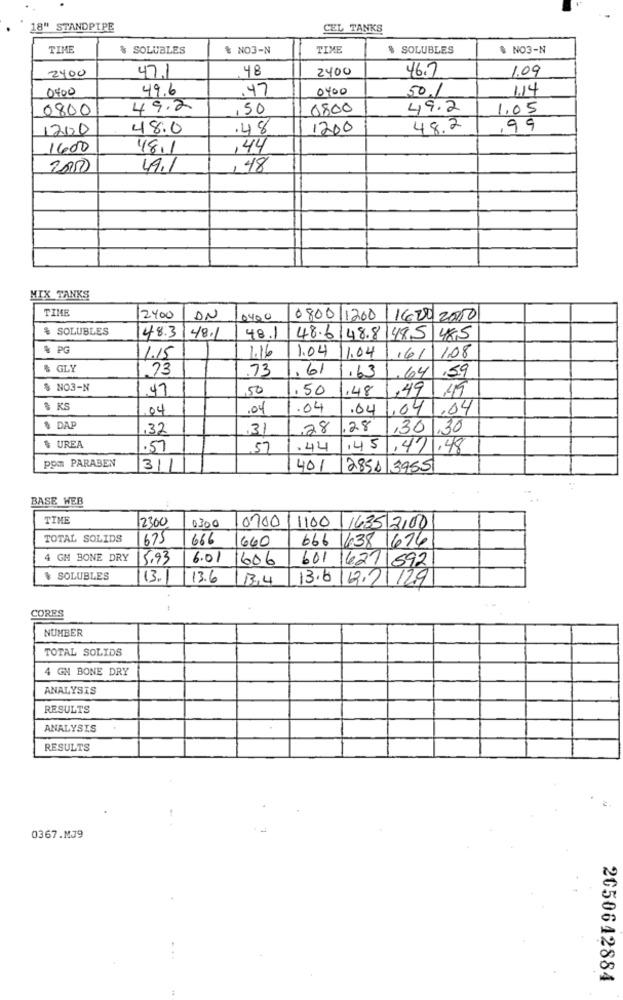
18" STANDPIPE
CEL TANKS
TIME
% SOLUBLES
& NO3-N
TIME
$ SOLUBLES
$ NO3-N
2400
48
2400
46.7
1.09
47.1
0400
49.6
. 47
0400
501
1.14
0800
49.2
,50
0800
49.2
1.05
1200
48.0
.48
1200
48.2
,99
1600
48.1
,44
2000
49.1
,48
MIX TANKS
TIME
12400
ON
0400
0800 1200
1620 2050
& SOLUBLES
48.3148.1
48.1
48.6 48.81485 485
% PG
4.16
1.04
11.04
161 108
11.15
& GLY
73
.73
.61
1.63
.64
,59
$ NO3-N
47
50
.50
,48
,49
49
$ RS
04
.04
.04
.04
.04
.04
$ DAP
,32
31
28
28
,30
,30
$ UREA
.57
57
.44
,45
411.48
pom PARABEN
31
401
2851/3955
BASE WEB
TIME
2300
0300
0700
1100 1635 2100
TOTAL SOLIDS
675
666
1660
666 1638 1676
4 GM BONE DRY
5.93
6.01
1606
601 1627 592
& SOLUBLES
113.1
13.6
134
13.6 112.21 /29
CORES
NUMBER
TOTAL SOLIDS
4 GN BONE DRY
ANALYSIS
RESULTS
ANALYSIS
RESULTS
0367.M39
2050642884